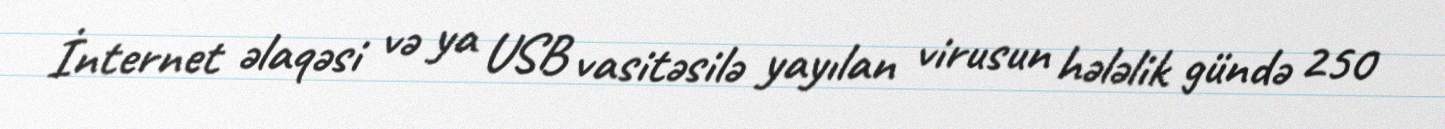
İnternet əlaqəsi və ya USB vasitəsilə yayılan virusun hələlik gündə 250